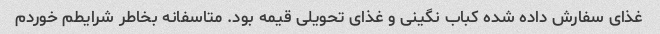
غذای سفارش داده شده کباب نگینی و غذای تحویلی قیمه بود. متاسفانه بخاطر شرایطم خوردم